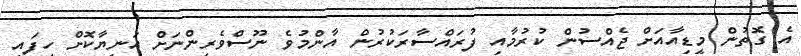
އެ ގޮތުން މީޑިއާއަށް ޖެއްސުން ކުރުމާއި ފުރައްސާރަކުރުން އާންމުވެ ނޫސްވެރިންނަށް އަނިޔާކޮށް ހިފައި